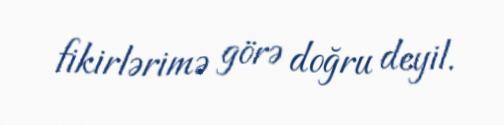
fikirlərimə görə doğru deyil.